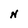
Character: N